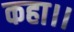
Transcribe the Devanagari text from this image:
कहा।।